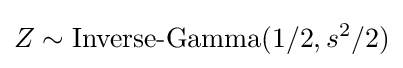
Z\sim \operatorname {Inverse-Gamma} (1/2,s^{2}/2)